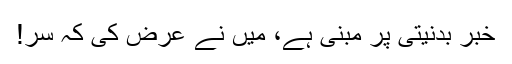
خبر بدنیتی پر مبنی ہے، میں نے عرض کی کہ سر!